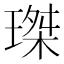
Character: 㻧